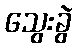
သွေးခွဲ